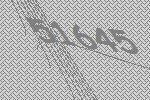
51645